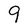
Character: 9